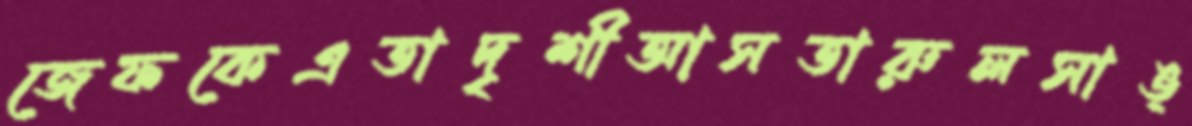
জেফকেএতাদৃশীআসতারুলসাঙ্